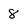
Character: 8